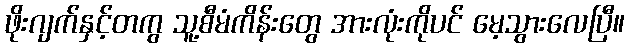
ဖိုးဂျက်နှင့်တကွ သူ့စီမံကိန်းတွေ အားလုံးကိုပင် မေ့သွားလေပြီ။